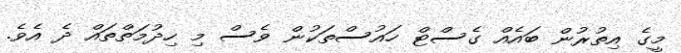
މީގެ އިތުރުން ބައެއް ގެސްޓް ހައުސްތަކުން ވެސް މި ހިދުމަތްތައް ދެ އެވެ.